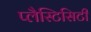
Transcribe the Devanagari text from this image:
प्लैस्टिसिटी